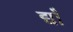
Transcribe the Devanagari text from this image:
द्याँ